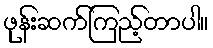
ဖုန်းဆက်ကြည့်တာပါ။